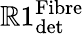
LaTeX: \mathbb{R}1_{\textrm{{det}}}^{\textrm{{Fibre}}}